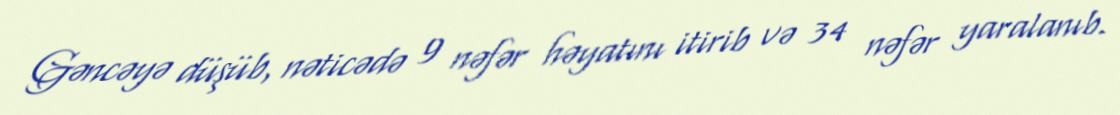
Gəncəyə düşüb, nəticədə 9 nəfər həyatını itirib və 34 nəfər yaralanıb.